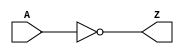
module inverter_nick_yay (input A,
						  output Z);
	assign Z = ~A;
endmodule